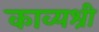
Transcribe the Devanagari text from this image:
काव्यश्री